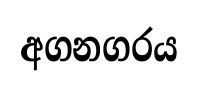
අගනගරය